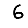
Digit: 6